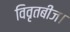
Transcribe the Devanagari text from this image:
विवृतबीज।